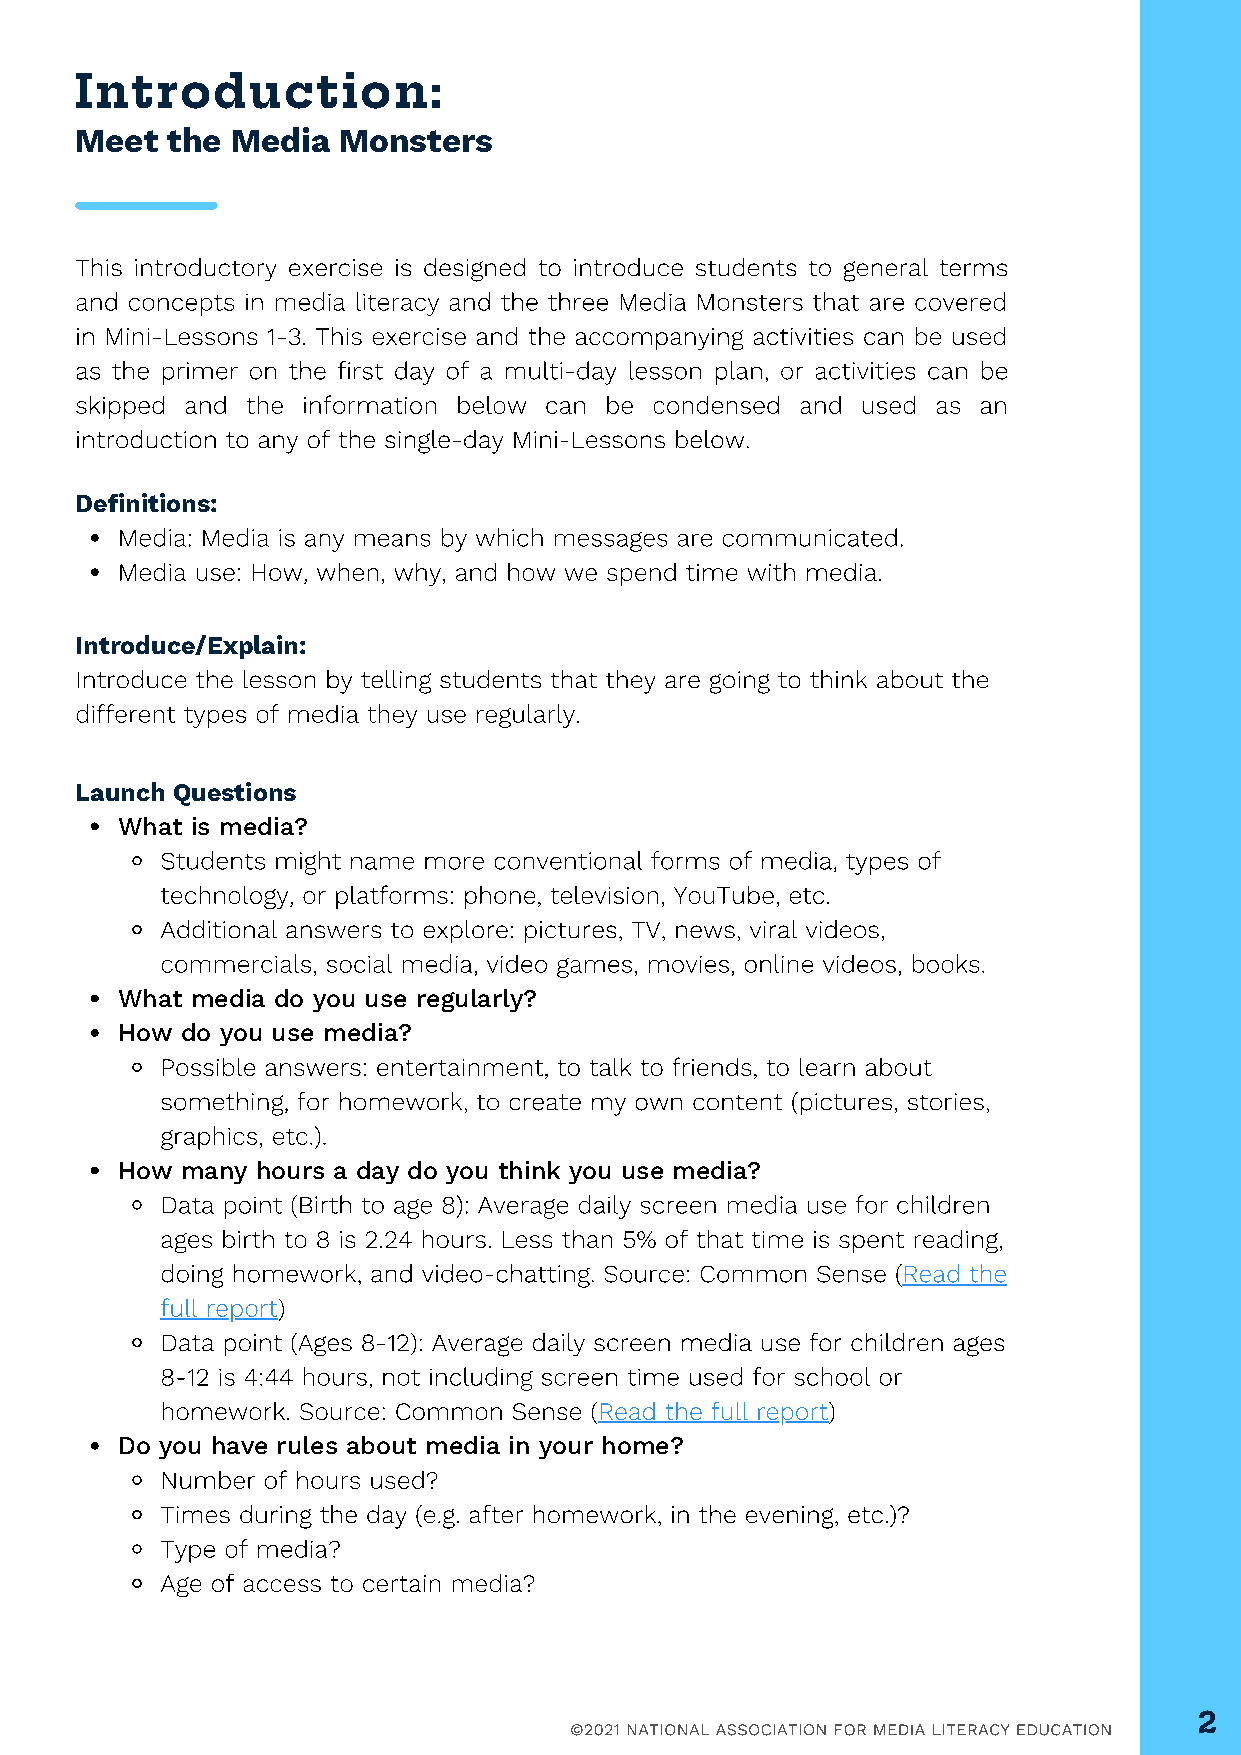
Introduction:
 Meet  the Media  Monsters
 This introductory exercise is designed to introduce students to general terms
 CREATIVE
 and concepts in media literacy and the three Media Monsters that are covered
 in Mini-Lessons 1-3. This exercise and the accompanying activities can be used
 as the primer on the first day of a multi-day lesson plan, or activities can be
 skipped and the information below can be condensed and used as an
 TALKS
 introduction to any of the single-day Mini-Lessons below.
 Definitions:
 Media: Media is any means by which messages are communicated.
 Media use: How, when, why, and how we spend time with media.
 Introduce/Explain:
 Introduce the lesson by telling students that they are going to think about the
 different types of media they use regularly.
 Launch Questions
 What is media?
 Students might name more conventional forms of media, types of
 technology, or platforms: phone, television, YouTube, etc.
 Additional answers to explore: pictures, TV, news, viral videos,
 commercials, social media, video games, movies, online videos, books.
 What media do you use regularly?
 How do you use media?
 Possible answers: entertainment, to talk to friends, to learn about
 something, for homework, to create my own content (pictures, stories,
 graphics, etc.).
 How many hours a day do you think you use media?
 Data point (Birth to age 8): Average daily screen media use for children
 ages birth to 8 is 2.24 hours. Less than 5% of that time is spent reading,
 doing homework, and video-chatting. Source: Common Sense (Read the
 full report)
 Data point (Ages 8-12): Average daily screen media use for children ages
 8-12 is 4:44 hours, not including screen time used for school or
 homework. Source: Common Sense (Read the full report)
 Do you have rules about media in your home?
 Number of hours used?
 Times during the day (e.g. after homework, in the evening, etc.)?
 Type of media?
 Age of access to certain media?
 2
 ©2021 NATIONAL ASSOCIATION FOR MEDIA LITERACY EDUCATION